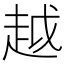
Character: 越